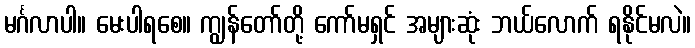
မင်္ဂလာပါ။ မေးပါရစေ။ ကျွန်တော်တို့ ကော်မရှင် အများဆုံး ဘယ်လောက် ရနိုင်မလဲ။